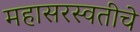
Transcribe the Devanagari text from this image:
महासरस्वतीचे